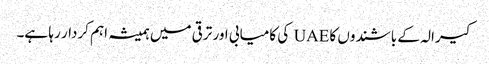
کیرالہ کے باشندوں کا UAE کی کامیابی اور ترقی میں ہمیشہ اہم کردار رہا ہے۔